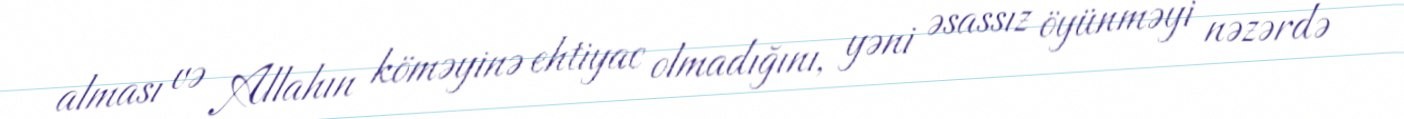
alması və Allahın köməyinə ehtiyac olmadığını, yəni əsassız öyünməyi nəzərdə